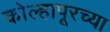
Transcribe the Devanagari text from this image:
कोल्‍हापूरच्या